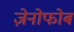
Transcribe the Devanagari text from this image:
ज़ेनोफोब